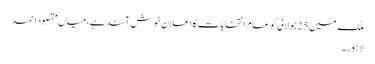
ملک میں25جولائی کو عام انتخابات کااعلان خوش آئند ہے، میاں مقصود احمد
لاہور۔